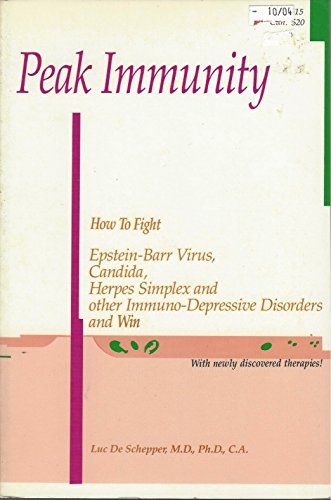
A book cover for Peak Immunity: How to Fight Epstein-Barr Virus, Candida, Herpes Simplex Viruses and Other Immuno-Depressive Conditions and Win; Luc De Schepper; Health, Fitness & Dieting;